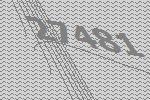
27481